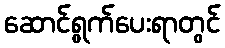
ဆောင်ရွက်ပေးရာတွင်